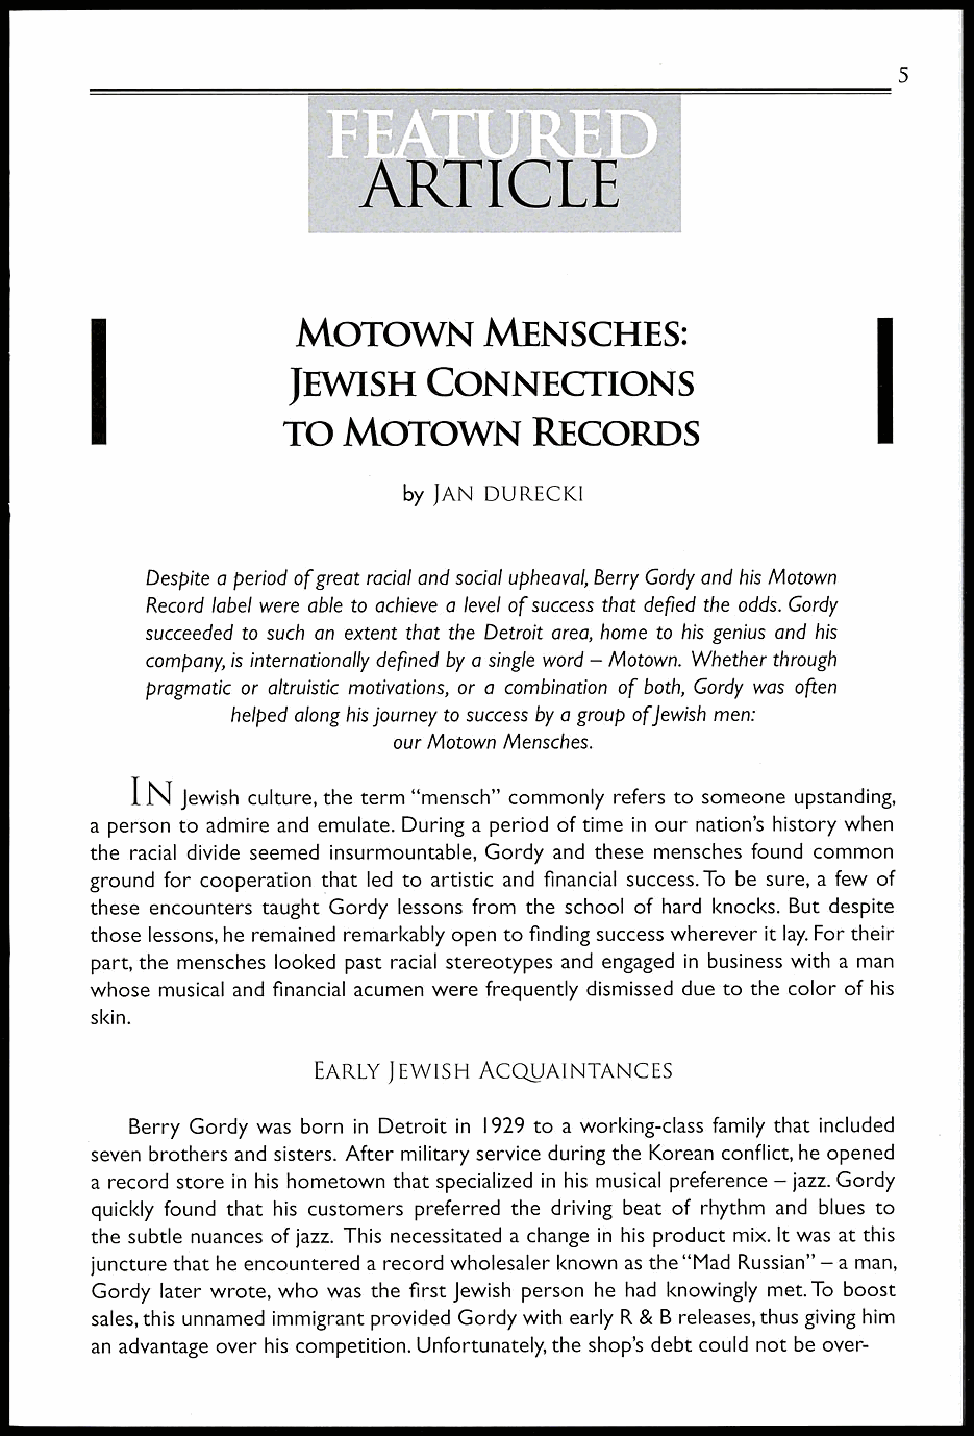
MOTOWN      MENSCHES:
 JEWISH   CONNECTIONS
 TO  MOTOWN      RECORDS
 by JAN DURECKI
 Despite a period of great racial and social upheaval, Berry Gordy and his Motown
 Record label were able to achieve a level of success that defied the odds. Gordy
 succeeded to such an extent that the Detroit area, home to his genius and his
 company, is internationally defined by a single word — Motown. Whether through
 pragmatic or altruistic motivations, or a combination of both, Gordy was often
 helped along his journey to success by a group offewish men:
 our Motown Mensches.
 I
 N Jewish culture, the term "mensch" commonly refers to someone upstanding,
 a person to admire and emulate. During a period of time in our nation's history when
 the racial divide seemed insurmountable, Gordy and these mensches found common
 ground for cooperation that led to artistic and financial success. To be sure, a few of
 these encounters taught Gordy lessons from the school of hard knocks. But despite
 those lessons, he remained remarkably open to finding success wherever it lay. For their
 part, the mensches looked past racial stereotypes and engaged in business with a man
 whose musical and financial acumen were frequently dismissed due to the color of his
 skin.
 EARLY JEWISH ACQUAINTANCES
 Berry Gordy was born in Detroit in 1929 to a working-class family that included
 seven brothers and sisters. After military service during the Korean conflict, he opened
 a record store in his hometown that specialized in his musical preference — jazz. Gordy
 quickly found that his customers preferred the driving beat of rhythm and blues to
 the subtle nuances of jazz. This necessitated a change in his product mix. It was at this
 juncture that he encountered a record wholesaler known as the "Mad Russian" — a man,
 Gordy later wrote, who was the first Jewish person he had knowingly met. To boost
 sales, this unnamed immigrant provided Gordy with early R & B releases, thus giving him
 an advantage over his competition. Unfortunately, the shop's debt could not be over-